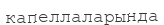
капеллаларында